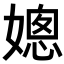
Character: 𡠴